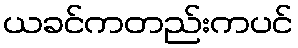
ယခင်ကတည်းကပင်